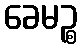
ခေမဉ္စ